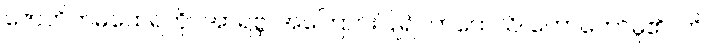
ဇောတိကမထေရ်ကို။ အာရဗ္ဘ၊ အကြောင်းပြု၍။ ကထေသိ၊ ဟောတော်မူ၏။ ဟိ၊